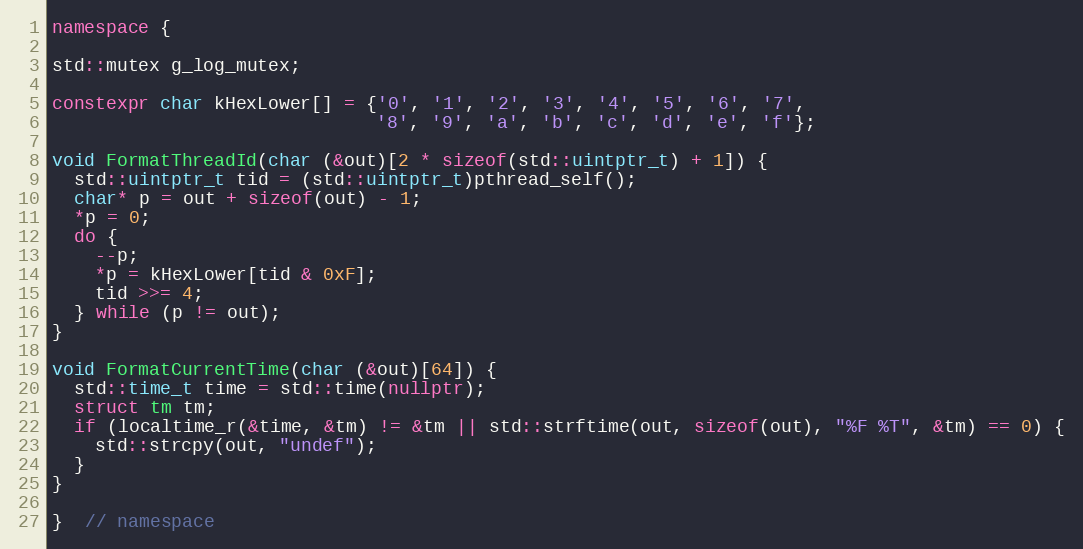
Language: C++
namespace {

std::mutex g_log_mutex;

constexpr char kHexLower[] = {'0', '1', '2', '3', '4', '5', '6', '7',
                              '8', '9', 'a', 'b', 'c', 'd', 'e', 'f'};

void FormatThreadId(char (&out)[2 * sizeof(std::uintptr_t) + 1]) {
  std::uintptr_t tid = (std::uintptr_t)pthread_self();
  char* p = out + sizeof(out) - 1;
  *p = 0;
  do {
    --p;
    *p = kHexLower[tid & 0xF];
    tid >>= 4;
  } while (p != out);
}

void FormatCurrentTime(char (&out)[64]) {
  std::time_t time = std::time(nullptr);
  struct tm tm;
  if (localtime_r(&time, &tm) != &tm || std::strftime(out, sizeof(out), "%F %T", &tm) == 0) {
    std::strcpy(out, "undef");
  }
}

}  // namespace